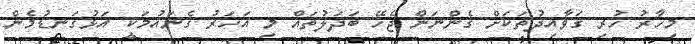
މިހާރު ހުރި ގަވާއިދުތަކަށް ގެންނަން ޖެހޭ ބަދަލުތައް މި އަހަރު ގެނައުމަކީ އަޅުގަނޑުމެން